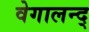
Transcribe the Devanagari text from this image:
वेगालन्द्